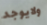
ولايوجد